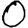
Digit: 0